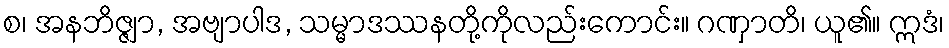
စ၊ အနဘိဇ္ဇျာ, အဗျာပါဒ, သမ္မာဒဿနတို့ကိုလည်းကောင်း။ ဂဏှာတိ၊ ယူ၏။ ဣဒံ၊